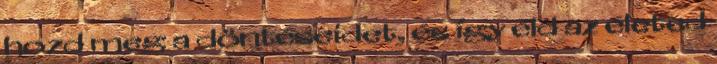
hozd meg a döntéseidet, és így éld az életed